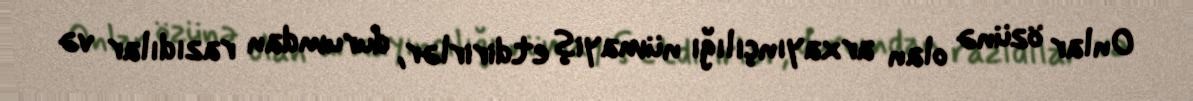
Onlar özünə olan arxayınçılığı nümayiş etdirirlər, durumdan razıdılar və